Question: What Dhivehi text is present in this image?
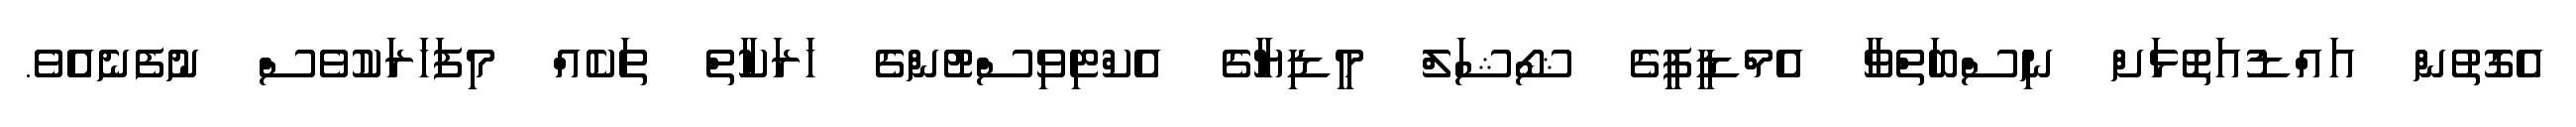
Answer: އެގޮތުން އައްޑުއަތޮޅަށް ނިސްބަތްވާ އެމްޑީޕީގެ ޝޯޝަލް މީޑިޔާގެ އެކްޓިވިސްޓުންގެ ހަރަކާތް ތަކެއް މިފަހަރަކުވެސް ނުފެނެއެެވެ.